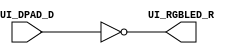


module blinky (
    input UI_DPAD_D,
    output UI_RGBLED_R
);

    assign UI_RGBLED_R = ~UI_DPAD_D;
endmodule